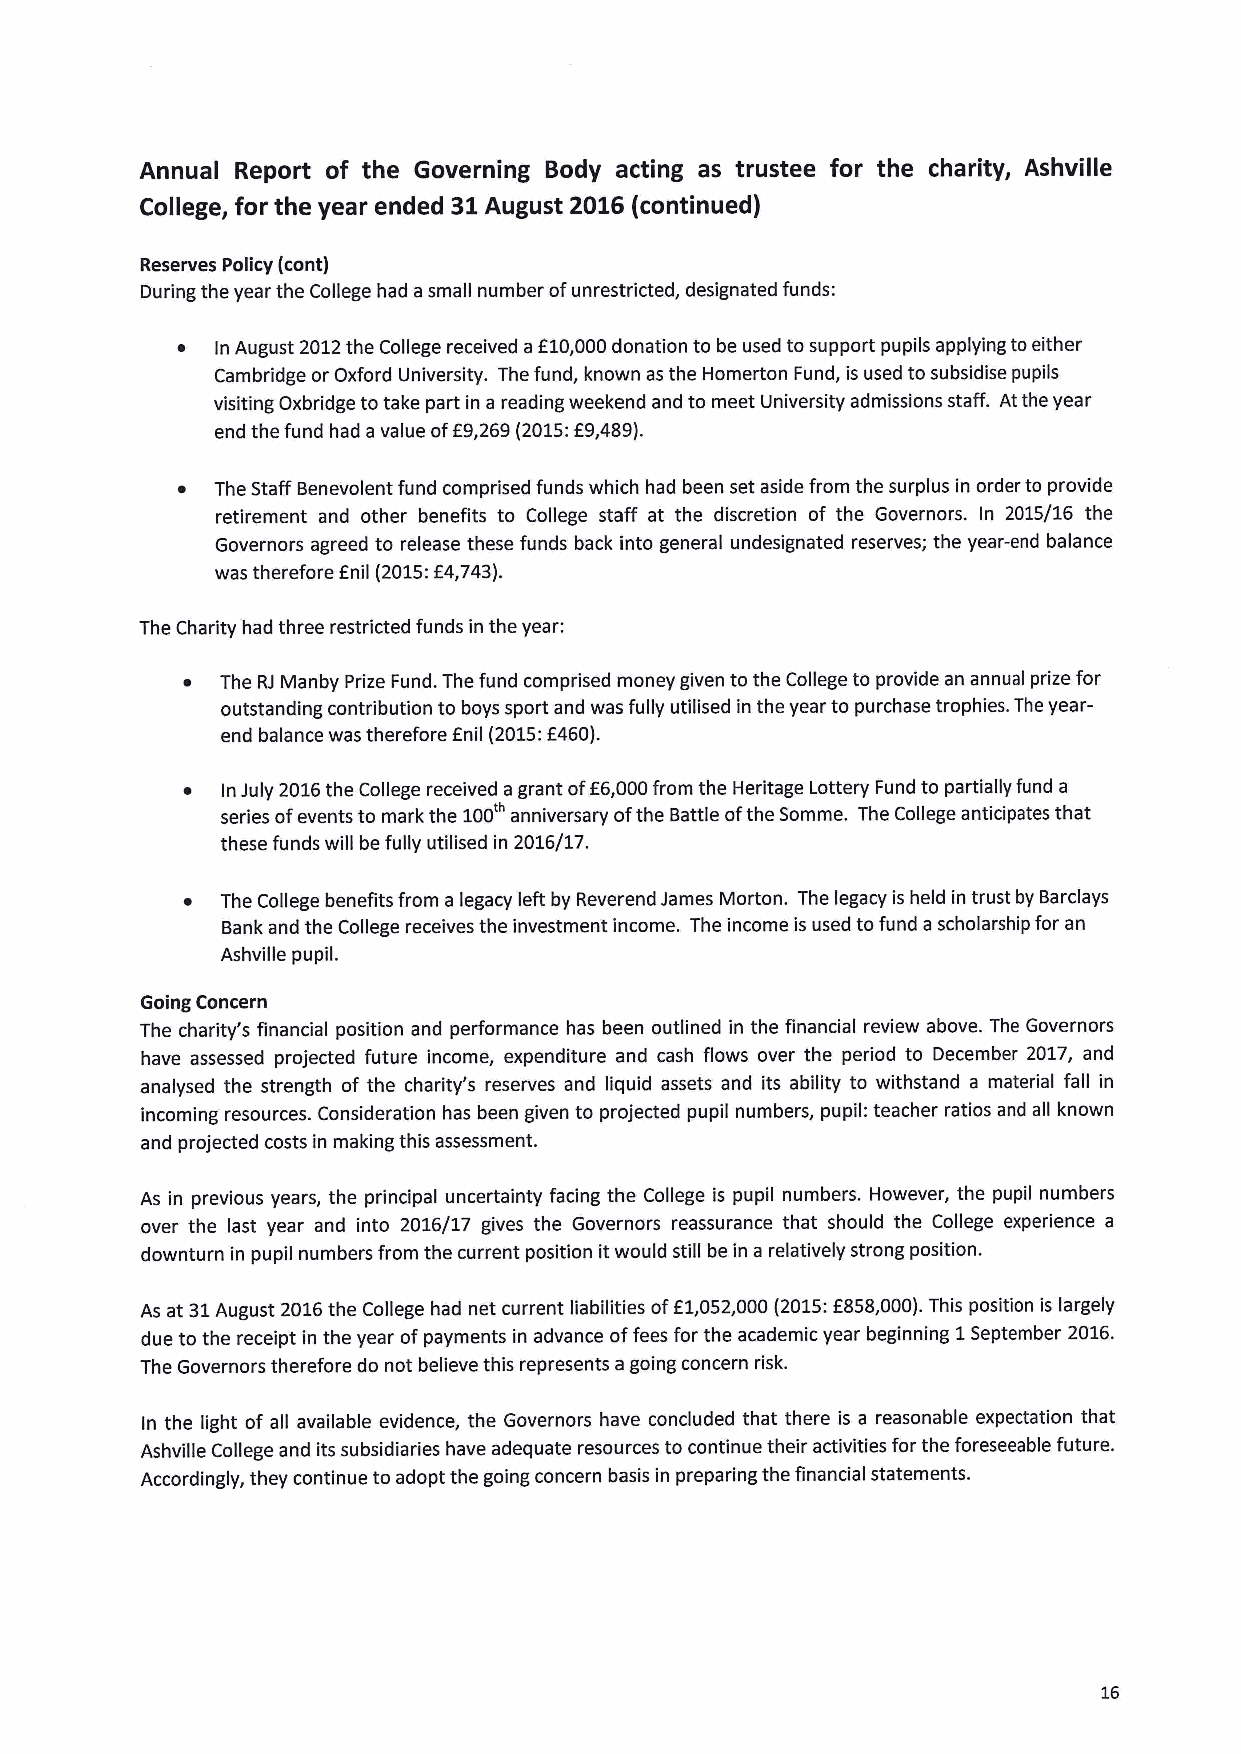
Annual Report of the Governing Body acting as trustee for the charity, Ashville
 College, for the year ended 31August 2016(continued)
 Reserves Policy (cont)
 During the year the College had a small number ofunrestricted, designated funds:
 ~ In August 2012the College received af10,000donation to be used to support pupils applying toeither
 Cambridge or Oxford University. The fund, known as the Homerton Fund, is used to subsidise pupils
 visiting Oxbridge to take part in a reading weekend and to meet University admissions staff. Atthe year
 end the fund had avalue ofE9,269(2015:E9,489).
 ~ The Staff Benevolent fund comprised funds which had been set aside from the surplus in order to provide
 retirement and other benefits to College staff at the discretion of the Governors. In 2015/16 the
 Governors agreed to release these funds back into general undesignated reserves; the year-end balance
 f      f
 was therefore nil (2015: 4,743).
 The Charity had three restricted funds in the year:
 ~  The RJ Manby Prize Fund. The fund comprised money given to the College to provide an annual prize for
 outstanding contribution to boys sport and was fully utilised in the year to purchase trophies. The year-
 end balance was therefore anil (2015:f460).
 ~  InJuly 2016the College received agrant ofE6,000from the Heritage Lottery Fund to partially fund a
 series ofevents to mark the 100 anniversary ofthe Battle ofthe Somme. The College anticipates that
 these funds will be fully utilised in 2016/17.
 ~  The College benefits from a legacy left by Reverend James Morton. The legacy is held in trust by Barclays
 Bank and the College receives the investment income. The income is used to fund ascholarship for an
 Ashville pupil.
 Going Concern
 The charity's financial position and performance has been outlined in the financial review above. The Governors
 have assessed projected future income, expenditure and cash flows over the period to December 2017, and
 analysed the strength of the charity's reserves and liquid assets and its ability to withstand a material fall in
 incoming resources. Consideration has been given to projected pupil numbers, pupil: teacher ratios and all known
 and projected costs in making this assessment.
 As in previous years, the principal uncertainty facing the College is pupil numbers. However, the pupil numbers
 over the last year and into 2016/17 gives the Governors reassurance that should the College experience a
 downturn in pupil numbers from the current position itwould still be in a relatively strong position.
 As at 31August 2016the College had net current liabilities off 1,052,000(2015:f858,000).This position is largely
 due to the receipt in the year ofpayments in advance offees for the academic year beginning 1September 2016.
 The Governors therefore do not believe this represents agoing concern risk.
 In the light of all available evidence, the Governors have concluded that there is a reasonable expectation that
 Ashville College and its subsidiaries have adequate resources to continue their activities for the foreseeable future.
 Accordingly, they continue to adopt the going concern basis in preparing the financial statements.